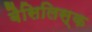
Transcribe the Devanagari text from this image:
बैसिलिस्क